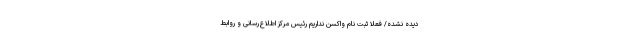
دیده نشده/ فعلا ثبت نام واکسن نداریم رئیس مرکز اطلاع‌رسانی و روابط